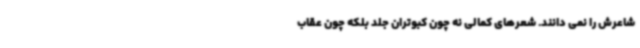
شاعرش را نمی دانند. شعرهای کمالی نه چون کبوتران جلد بلکه چون عقاب